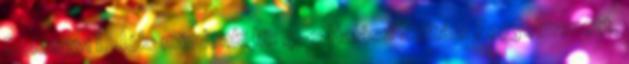
Somogyi I. Jók: mindenki Ifi: 4-2 Halász Zoltán: Fegyelmezett,